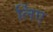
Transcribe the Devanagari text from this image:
र्लिए